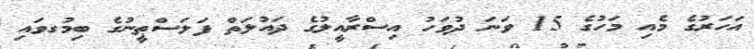
އަހަރުގެ މެއި މަހުގެ 15 ވަނަ ދުވަހު އިސްރާއީލުގެ ދައުލަތް ފަލަސްޠީނުގެ ބިމުގވައި